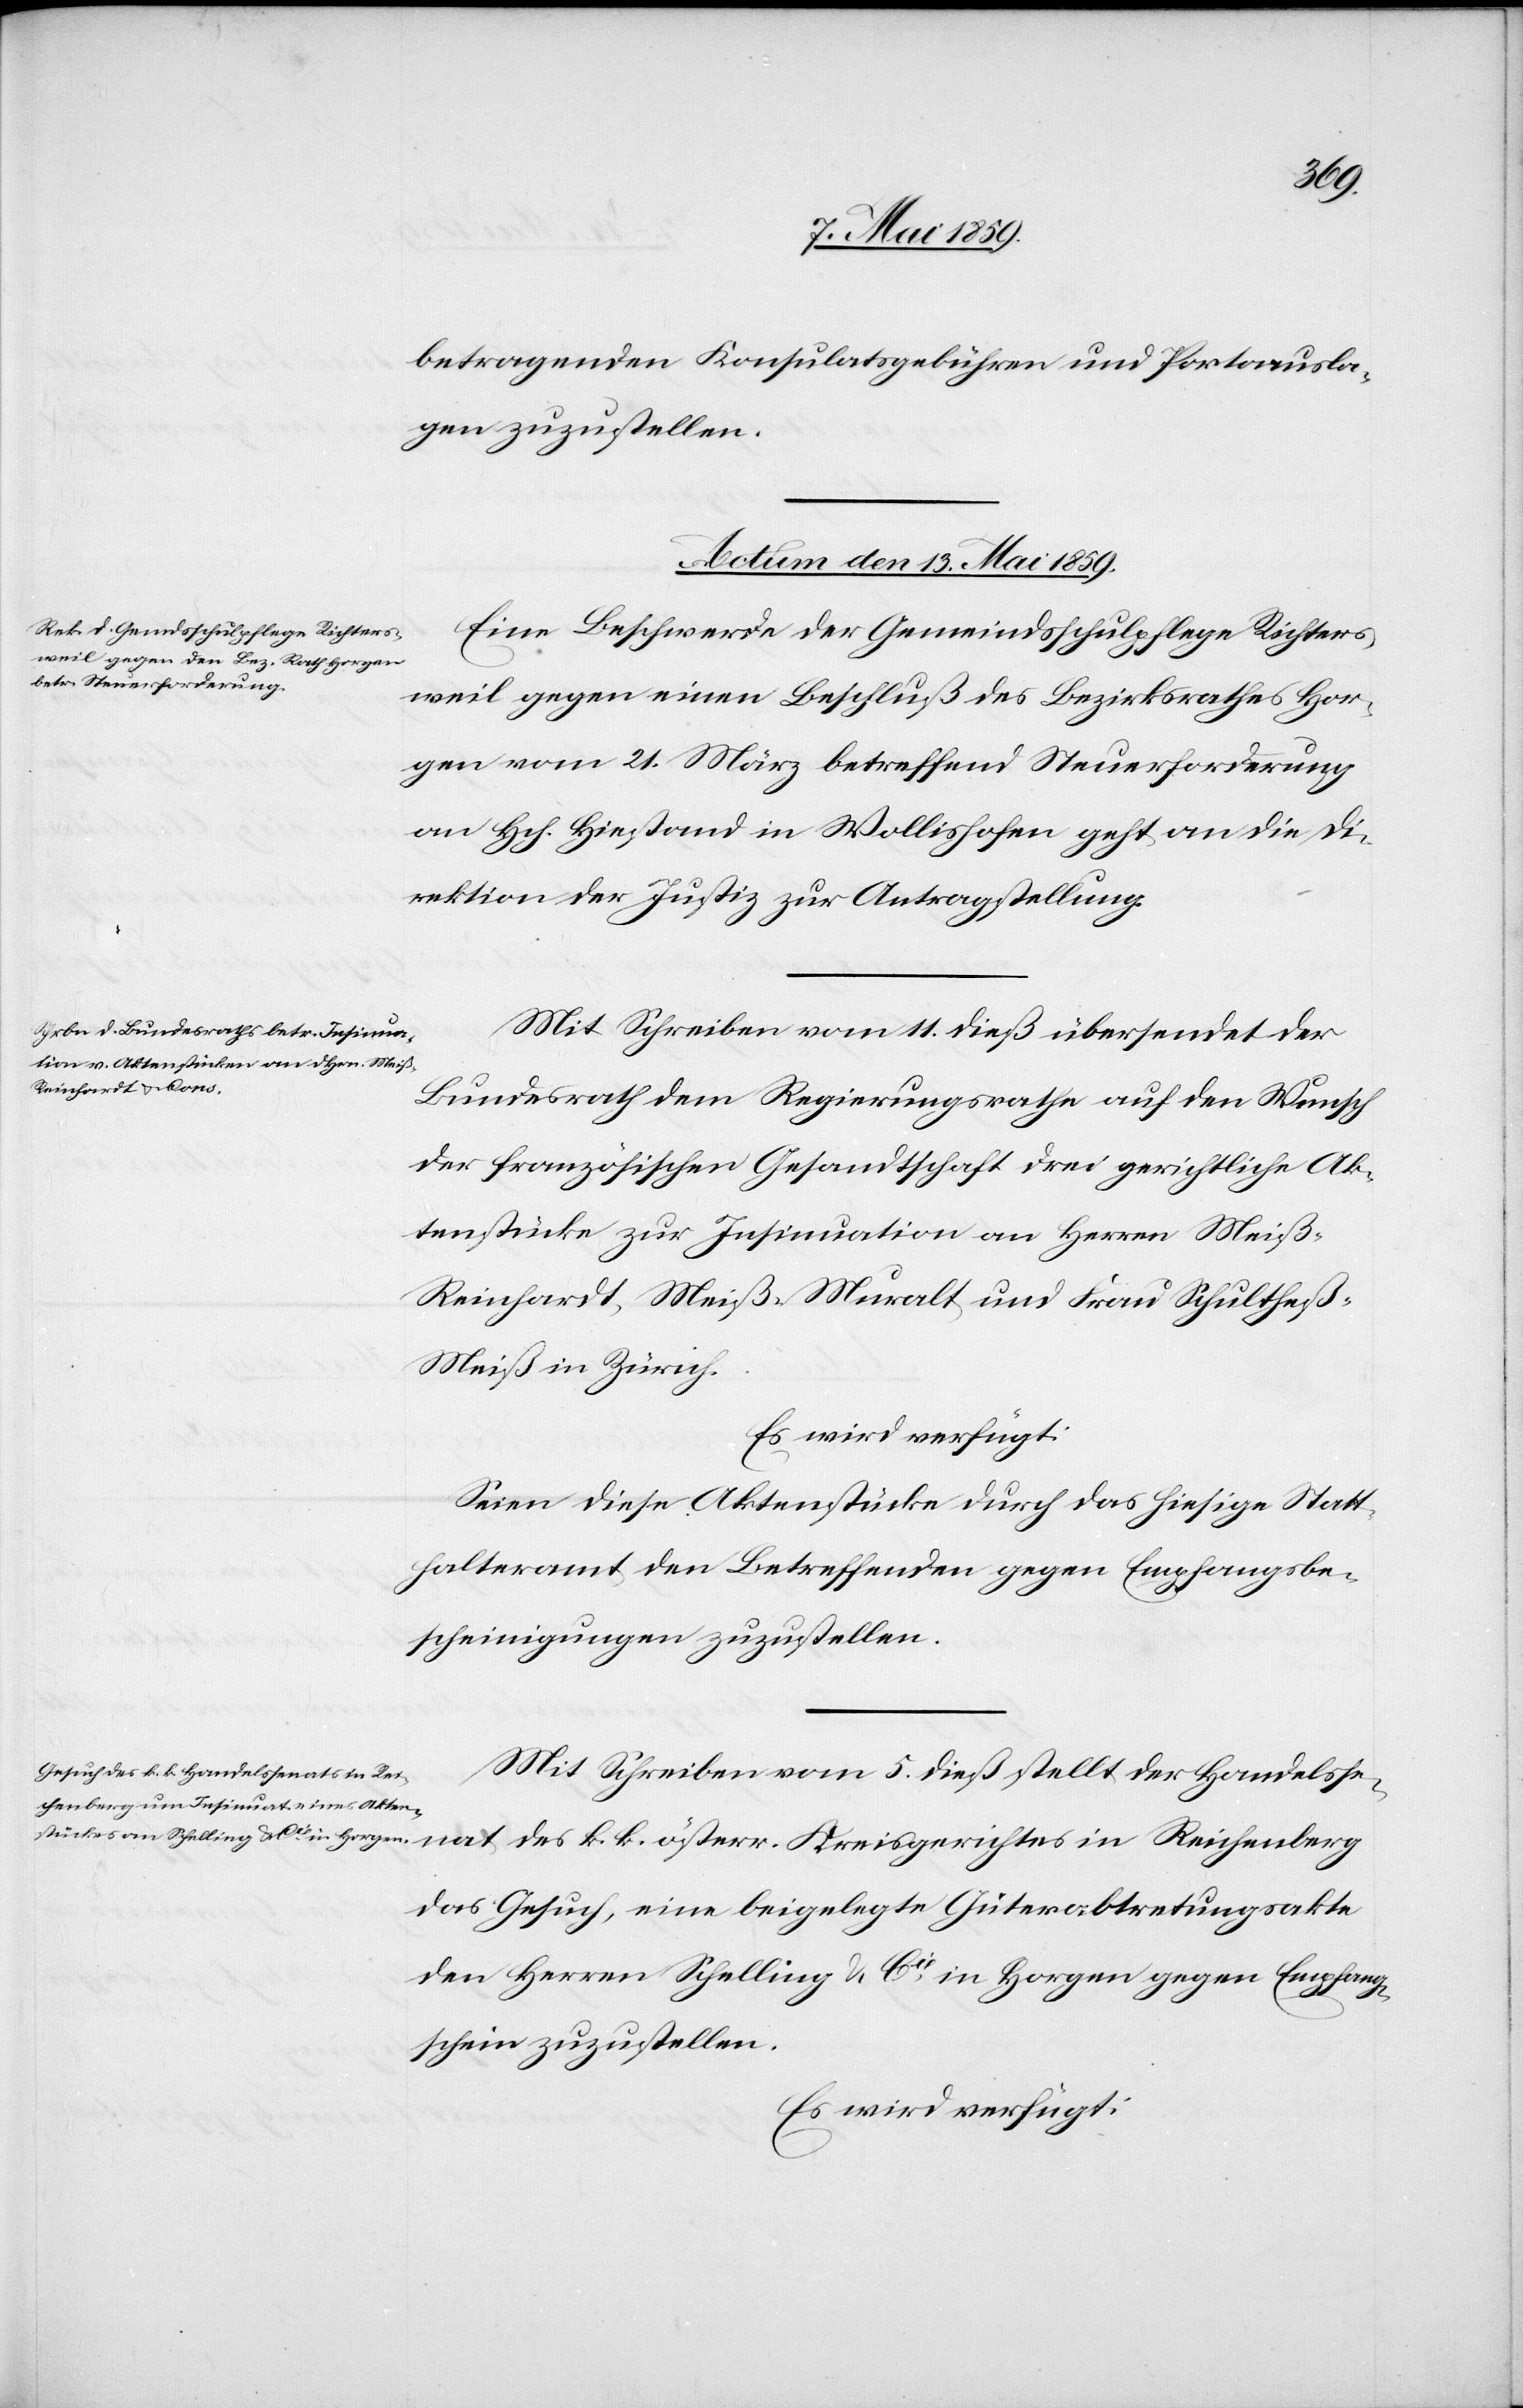
nat
betragenden Konsulatsgebühren und Portoausla¬
gen zuzustellen.
Actum den 13. Mai 1859.]
Eine Beschwerde der Gemeindsschulpflege Richters¬
weil gegen einen Beschluß des Bezirksrathes Hor¬
gen vom 21. März betreffend Steuerforderung
an Hch. Hiestand in Wollishofen geht an die Di¬
rektion der Justiz zur Antragstellung.
Mit Schreiben vom 11. dieß übersendet der
Bundesrath dem Regierungsrathe auf den Wunsch
der französischen Gesandtschaft drei gerichtliche Ak¬
tenstücke zur Insinuation an Herren Meiß-R¬
einhardt, Meiß-Muralt und Frau Schultheß-M¬
eiß in Zürich.
Es wird verfügt:
Seien diese Aktenstücke durch das hiesige Statt¬
halteramt den Betreffenden gegen Empfangsbe¬
scheinigungen zuzustellen.
Mit Schreiben vom 5. dieß stellt der Handelsse¬
das Gesuch, eine beigelegte Güterabtretungsakte
den Herren Schelling & Cie in Horgen gegen Empfang¬
schein zuzustellen.
Es wird verfügt: